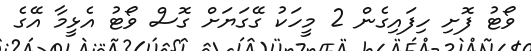
ވޯޓު ފޮށި ހިފައިގެން 2 މީހަކު ގޭގަޔަށް ގޮސް ވޯޓު އެޅީމާ އޭގެ